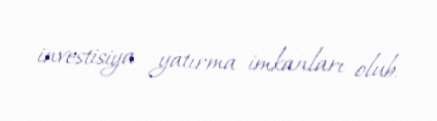
investisiya yatırma imkanları olub.